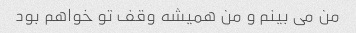
من می بینم و من همیشه وقف تو خواهم بود